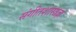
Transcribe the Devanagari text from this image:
संगीतशास्त्रज्ञ